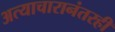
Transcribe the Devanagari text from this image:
अत्याचारानंतरही